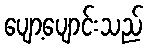
ပျော့ပျောင်းသည်